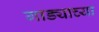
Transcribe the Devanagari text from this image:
गाड्याच्या